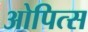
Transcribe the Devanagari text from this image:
ओपित्स